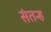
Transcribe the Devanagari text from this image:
संतन्ह